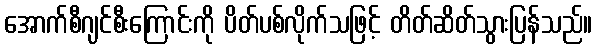
အောက်စီဂျင်စီးကြောင်းကို ပိတ်ပစ်လိုက်သဖြင့် တိတ်ဆိတ်သွားပြန်သည်။